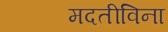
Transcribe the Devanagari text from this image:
मदतीविना